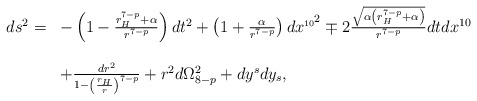
\begin{align*}\begin{array}{ll}ds^{2}= & -\left(1-\frac{r_{H}^{7-p}+\alpha}{r^{7-p}}\right)dt^{2}+\left(1+\frac{\alpha}{r^{7-p}}\right)dx^{\scriptscriptstyle{10}^{\scriptstyle{2}}} \mp2\frac{\sqrt{\alpha \left(r_{H}^{7-p}+\alpha \right)}}{r^{7-p}}dtdx^{10}\\\\ & +\frac{dr^{2}}{1-\left(\frac{r_{H}}{r}\right)^{7-p}} +r^{2}d\Omega _{8-p}^{2}+dy^{s}dy_{s},\end{array}\end{align*}